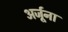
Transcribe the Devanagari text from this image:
अर्जूना